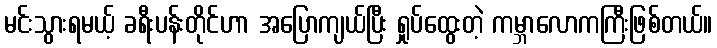
မင်းသွားရမယ့် ခရီးပန်းတိုင်ဟာ အပြောကျယ်ပြီး ရှုပ်ထွေးတဲ့ ကမ္ဘာလောကကြီးဖြစ်တယ်။